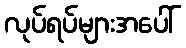
လုပ်ရပ်များအပေါ်